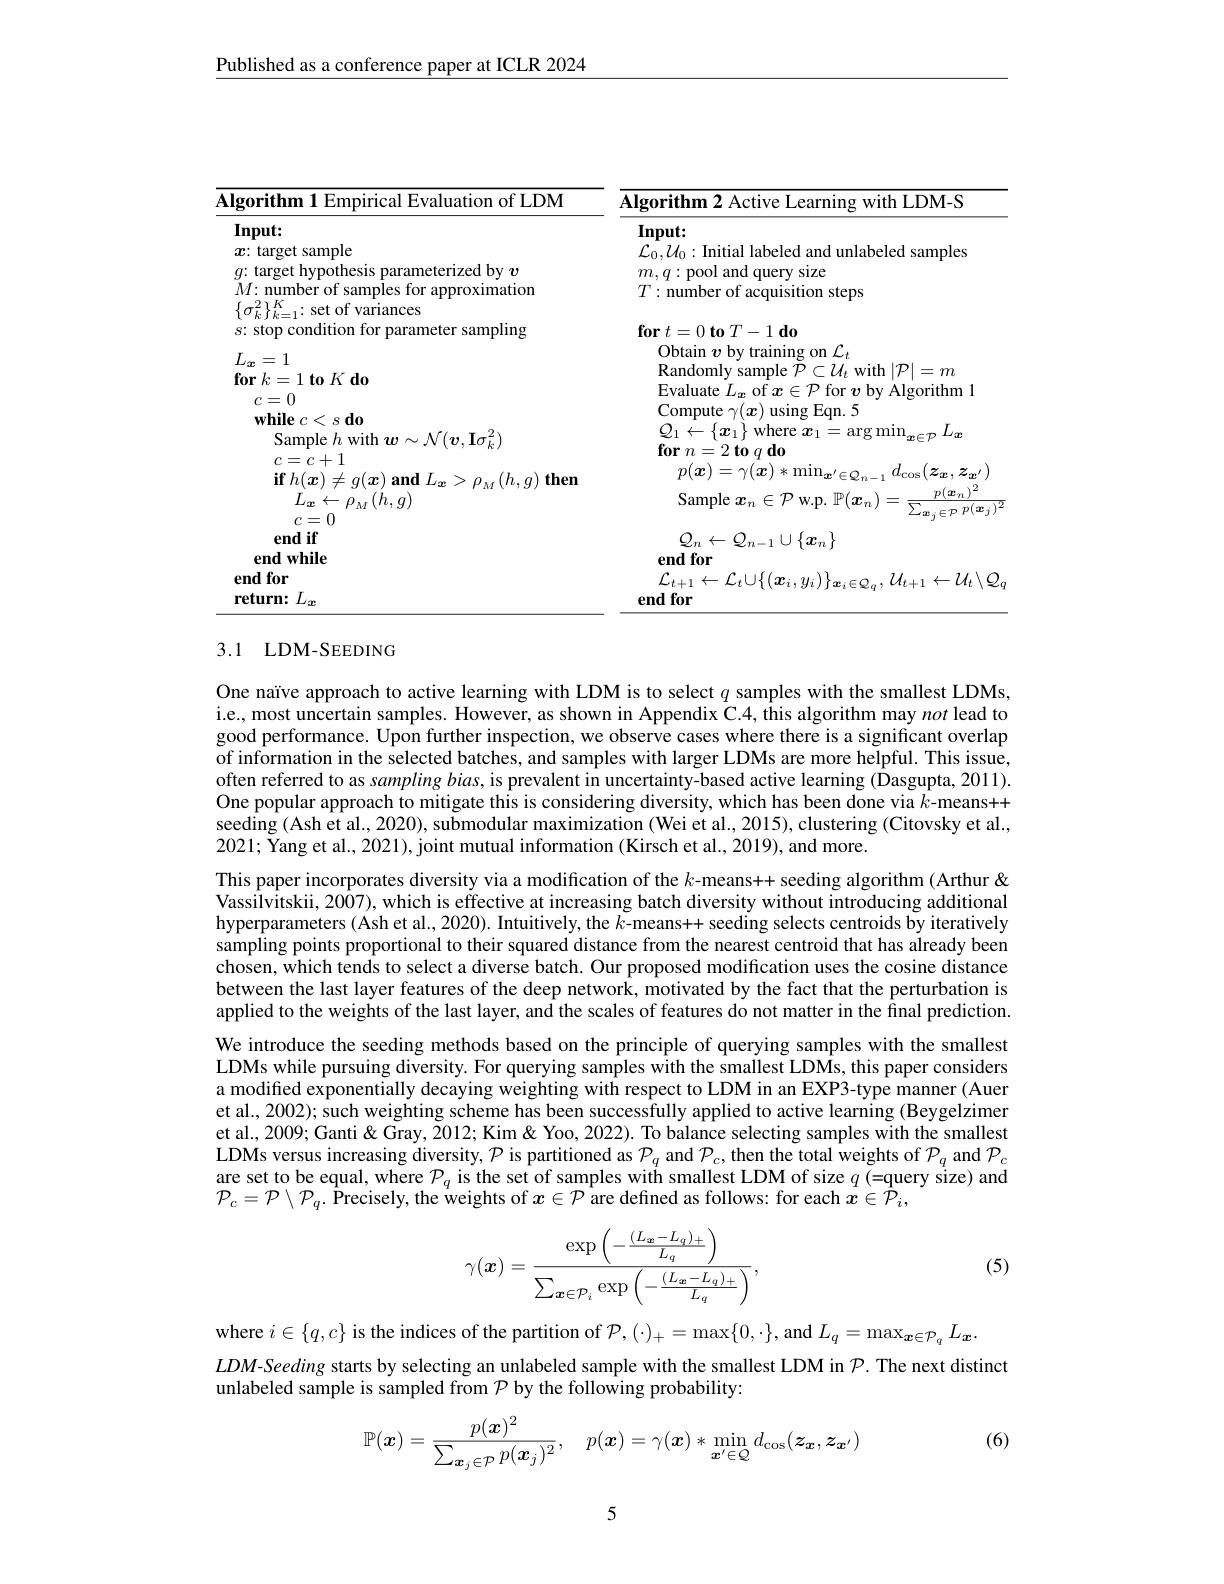
Published as a conference paper at ICLR 2024

<table>
	<tbody>
		<tr>
			<th>Algorithm 1 Empirical Evaluation of LDM</th>
			<th>Algorithm 2 Active Learning with LDM-S</th>
		</tr>
		<tr>
			<td>$Input:$</td>
			<td>$Input:$</td>
		</tr>
		<tr>
			<td>$x{:}$ target sample</td>
			<td>samnles</td>
		</tr>
		<tr>
			<td>terized bv $v$</td>
			<td>anc SI7P $m.$ niler 1</td>
		</tr>
		<tr>
			<td>$\bar{M}\colon\bar{\text{number of samples for approximation}}$ $(-2)K$</td>
			<td>$T:$number of acquisition steps</td>
		</tr>
		<tr>
			<td>$s{:}$ stop condition for parameter sampling</td>
			<td>$\mathbf{for}t= 0$ $\mathbf{to}$ $T- 1$ $\mathbf{do}$</td>
		</tr>
		<tr>
			<td> </td>
			<td>Ohtain $\operatorname{on}\mathcal{L}_{t}$ rainino</td>
		</tr>
		<tr>
			<td>142</td>
			<td>Randomlv $\ln|e$ $\subset W_{t}$with$\mid\mathcal{P}$ $194m$ $=\boldsymbol{\gamma}m$</td>
		</tr>
		<tr>
			<td>$K$ UU n</td>
			<td>HWa Alorithm</td>
		</tr>
		<tr>
			<td>$c=$ :0</td>
			<td> </td>
		</tr>
		<tr>
			<td>while $c$ $\zeta$ $S$ $3d0$</td>
			<td> </td>
		</tr>
		<tr>
			<td>21. $\mathbf{I}\sigma_{k}^{-}$</td>
			<td>$ABEF$</td>
		</tr>
		<tr>
			<td>$T$ 1</td>
			<td> </td>
		</tr>
		<tr>
			<td>1.</td>
			<td>T2 2</td>
		</tr>
		<tr>
			<td>$jm$ $\rho_{M}(h,g)$</td>
			<td>amole $\therefore$ $F$ $W.D$ $x_{n}$ $ax$</td>
		</tr>
		<tr>
			<td>$c=0$</td>
			<td>$^{^{^{*}\boldsymbol{w}}}j$</td>
		</tr>
		<tr>
			<td>end if</td>
			<td>4 $x_{i}$</td>
		</tr>
	</tbody>
</table>

## 3.1 LDM-SEEDING

One naïve approach to active learning with LDM is to select $q$ samples with the smallest LDMs, i.e., most uncertain samples. However, as shown in Appendix C.4, this algorithm may not lead to good performance. Upon further inspection, we observe cases where there is a significant overlap of information in the selected batches, and samples with larger LDMs are more helpful. This issue, often referred to as $samplingbias$, is prevalent in uncertainty-based active learning (Dasgupta, 2011). One popular approach to mitigate this is considering diversity, which has been done via $k$-means++ seeding (Ash et al., 2020), submodular maximization (Wei et al., 2015), clustering (Citovsky et al., 2021; Yang et al., 2021), joint mutual information (Kirsch et al., 2019), and more.
This paper incorporates diversity via a modification of the $k$-means++ seeding algorithm (Arthur & Vassilvitskii, 2007), which is effective at increasing batch diversity without introducing additional hyperparameters (Ash et al., 2020). Intuitively, the $k$-means++ seeding selects centroids by iteratively sampling points proportional to their squared distance from the nearest centroid that has already been chosen, which tends to select a diverse batch. Our proposed modification uses the cosine distance between the last layer features of the deep network, motivated by the fact that the perturbation is applied to the weights of the last layer, and the scales of features do not matter in the final prediction. We introduce the seeding methods based on the principle of querying samples with the smallest LDMs while pursuing diversity. For querying samples with the smallest LDMs, this paper considers a modified exponentially decaying weighting with respect to LDM in an EXP3-type manner (Auer et al., 2002); such weighting scheme has been successfully applied to active learning (Beygelzimer et al., 2009; Ganti & Gray, 2012; Kim & Yoo, 2022). To balance selecting samples with the smallest LDMs versus increasing diversity, $\mathcal{P}$ is partitioned as $\mathcal{P}_q$ and $\mathcal{P}_c$, then the total weights of $\mathcal{P}_q$ and $\mathcal{P}_c$ are set to be equal, where $\mathcal{P}_q$ is the set of samples with smallest LDM of size $q$ (=query size) and $\mathcal{P}_{c}=\mathcal{P}\setminus\mathcal{P}_{q}.\text{ \hat{\text{Precisely, the weights of }}x\in\mathcal{P}\text{ are defined as follows: for each }\dot{x}\in\hat{\mathcal{P}}}_{i}$,
$$\gamma(\boldsymbol{x})=\frac{\exp\left(-\frac{(L_{\boldsymbol{x}}-L_q)_+}{L_q}\right)}{\sum_{\boldsymbol{x}\in\mathcal{P}_i}\exp\left(-\frac{(L_{\boldsymbol{x}}-L_q)_+}{L_q}\right)},$$
(5)

where $i\in\{q,c\}$ is the indices of the partition of $\mathcal{P},(\cdot)_+=\max\{0,\cdot\}$, and $L_q=\max_{\boldsymbol{x}\in\mathcal{P}_q}L_{\boldsymbol{x}}.$
$LDM$-Seeding starts by selecting an unlabeled sample with the smallest LDM in $\mathcal{P}.$ The next distinct
unlabeled sample is sampled from $\mathcal{P}$ by the following probability:
$$\mathbb{P}(\boldsymbol{x})=\frac{p(\boldsymbol{x})^2}{\sum_{\boldsymbol{x}_j\in\mathcal{P}}p(\boldsymbol{x}_j)^2},\quad p(\boldsymbol{x})=\gamma(\boldsymbol{x})*\min_{\boldsymbol{x}'\in\mathcal{Q}}d_{\cos}(\boldsymbol{z}_{\boldsymbol{x}},\boldsymbol{z}_{\boldsymbol{x}'})$$
(6)

5